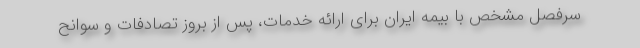
سرفصل مشخص با بیمه ایران برای ارائه خدمات، پس از بروز تصادفات و سوانح